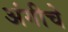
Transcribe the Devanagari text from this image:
अंगीचे